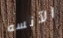
الآنسه